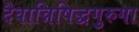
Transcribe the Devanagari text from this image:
दैवान्निषिद्धगुरुगा